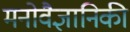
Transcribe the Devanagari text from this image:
मनोवैज्ञानिकी